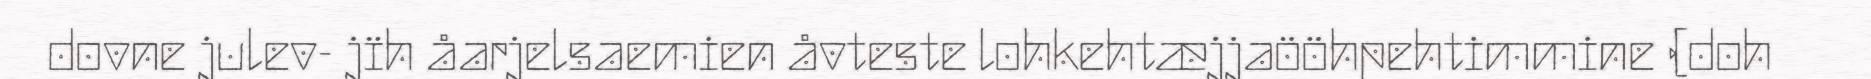
dovne julev- jïh åarjelsaemien åvteste lohkehtæjjaööhpehtimmine (doh